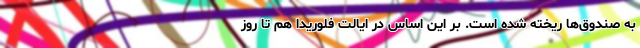
به صندوق‌ها ریخته شده است. بر این اساس در ایالت فلوریدا هم تا روز